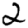
Digit: 2